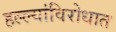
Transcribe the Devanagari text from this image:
हल्ल्यांविरोधात